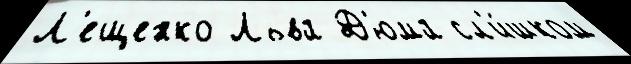
Л'ещенко Льва Д'юма сл'и́шком